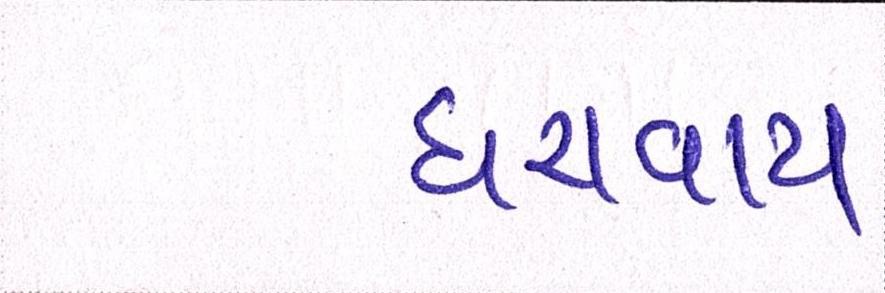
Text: ધરાવાય